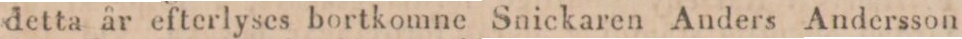
detta år efterlyses bortkomne Snickaren Anders Andersson